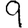
Digit: 9